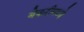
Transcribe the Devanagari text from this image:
बेकरीमध्ये